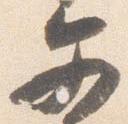
文